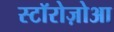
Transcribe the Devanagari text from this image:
स्टॉरोज़ोआ